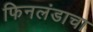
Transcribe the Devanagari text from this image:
फिनलंडाचा